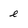
Character: e